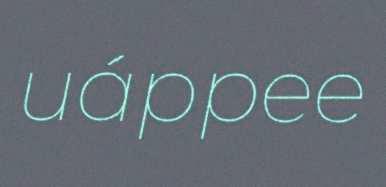
uáppee